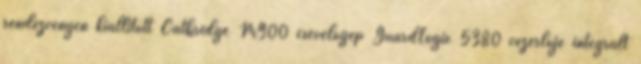
rendezvényen kiállított Catbridge M900 csévélőgép GuardLogix 5380 vezérlője integrált